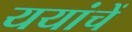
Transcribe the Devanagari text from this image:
ययांचें